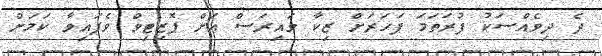
ދެ ދިވެއްސަކު ފުރަތަމަ ފަހަރަށް ޒިކާ ވައިރަސް އަށް ޕޮޒިޓިވް ވެފައިވާ ކަމަށް